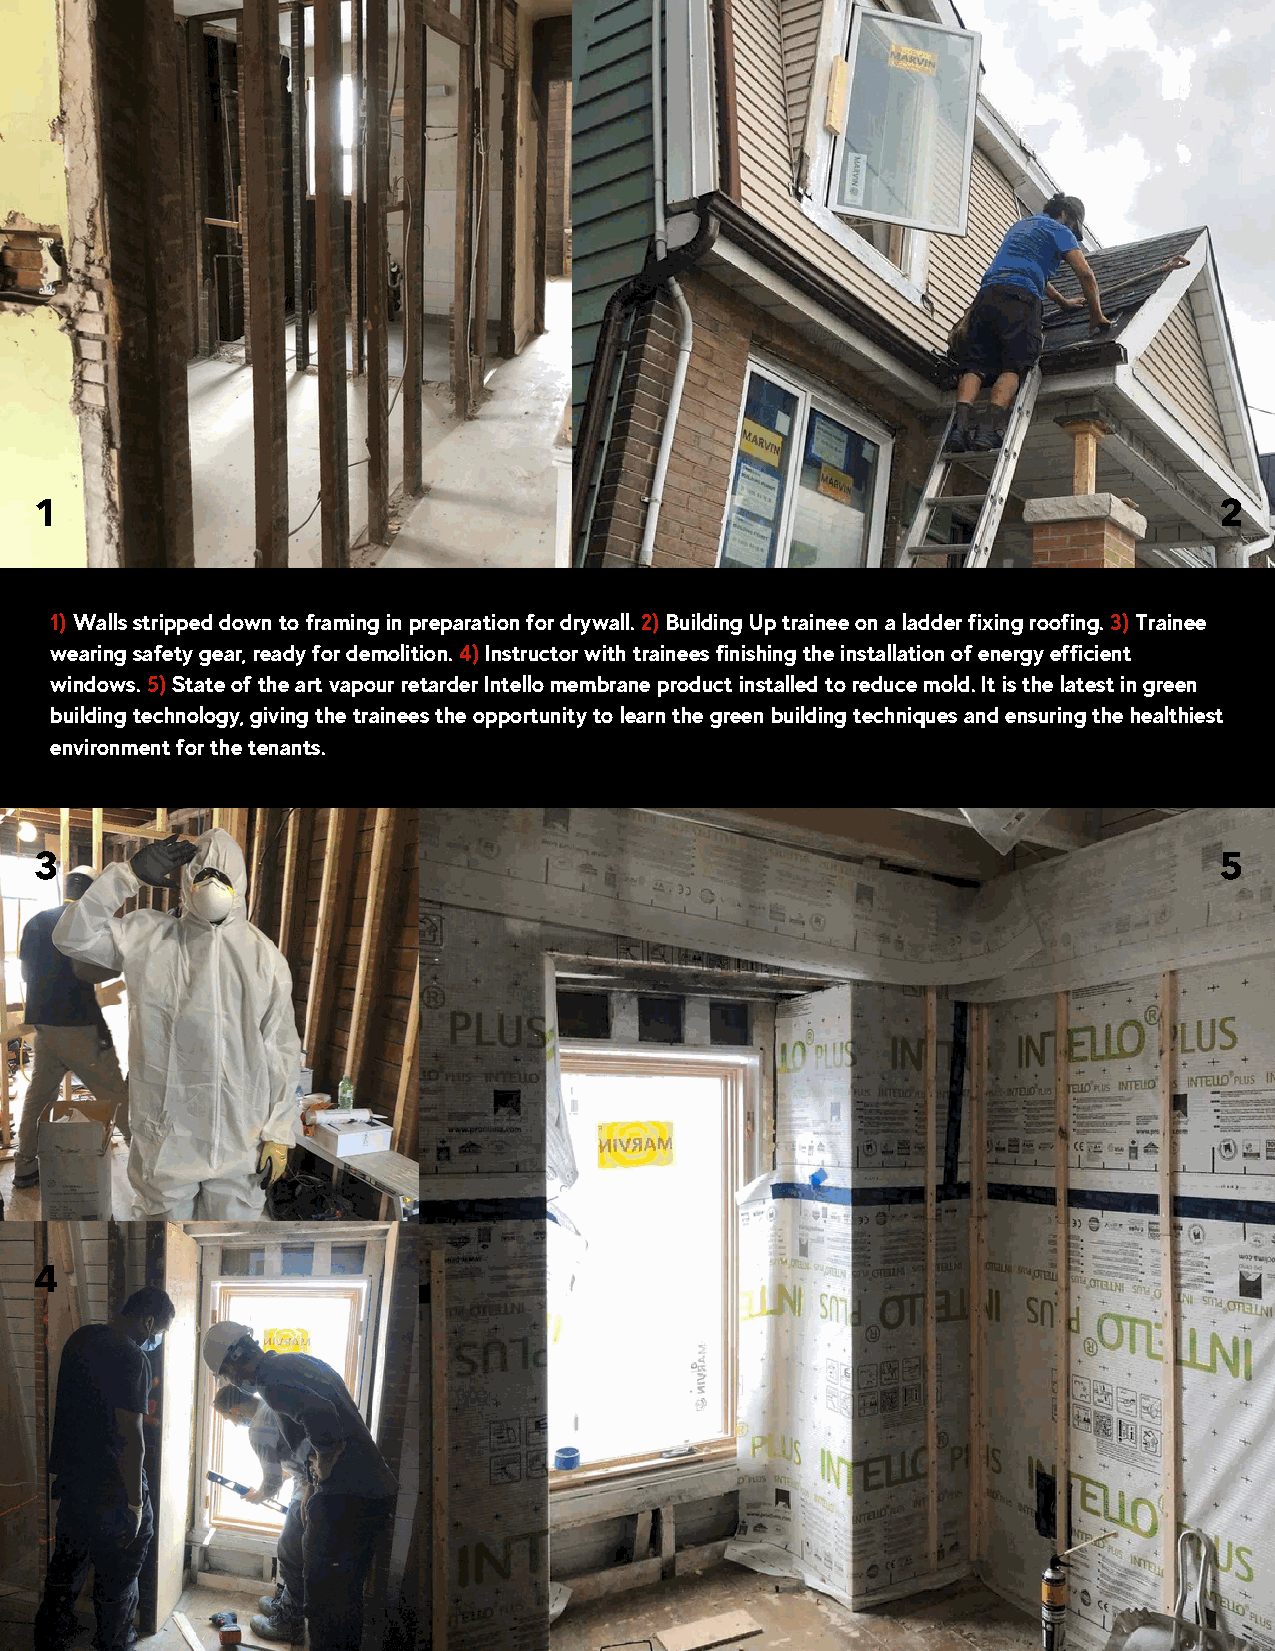
1                                                                              2
 1) Walls stripped down to framing in preparation for drywall. 2) Building Up trainee on a ladder fixing roofing. 3) Trainee
 wearing safety gear, ready for demolition. 4) Instructor with trainees finishing the installation of energy efficient
 windows. 5) State of the art vapour retarder Intello membrane product installed to reduce mold. It is the latest in green
 building technology, giving the trainees the opportunity to learn the green building techniques and ensuring the healthiest
 environment for the tenants.
 3                                                                              5
 4